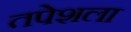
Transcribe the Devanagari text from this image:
तपेशला